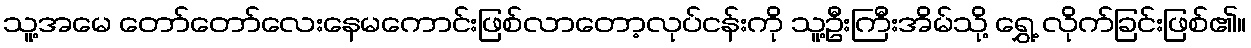
သူ့အမေ တော်တော်လေးနေမကောင်းဖြစ်လာတော့လုပ်ငန်းကို သူ့ဦးကြီးအိမ်သို့ ရွှေ့ လိုက်ခြင်းဖြစ်၏။